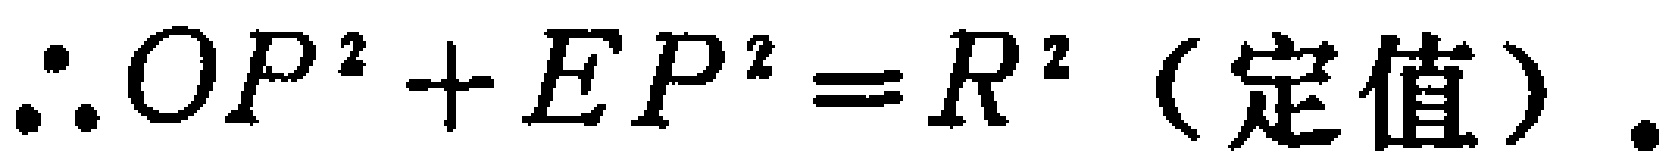
\(\therefore OP^{2}+EP^{2}=R^{2}\)（定值）.